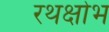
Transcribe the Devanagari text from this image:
रथक्षोभ